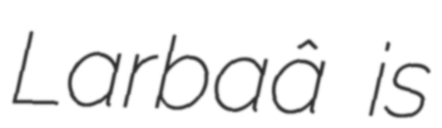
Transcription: Larbaâ is